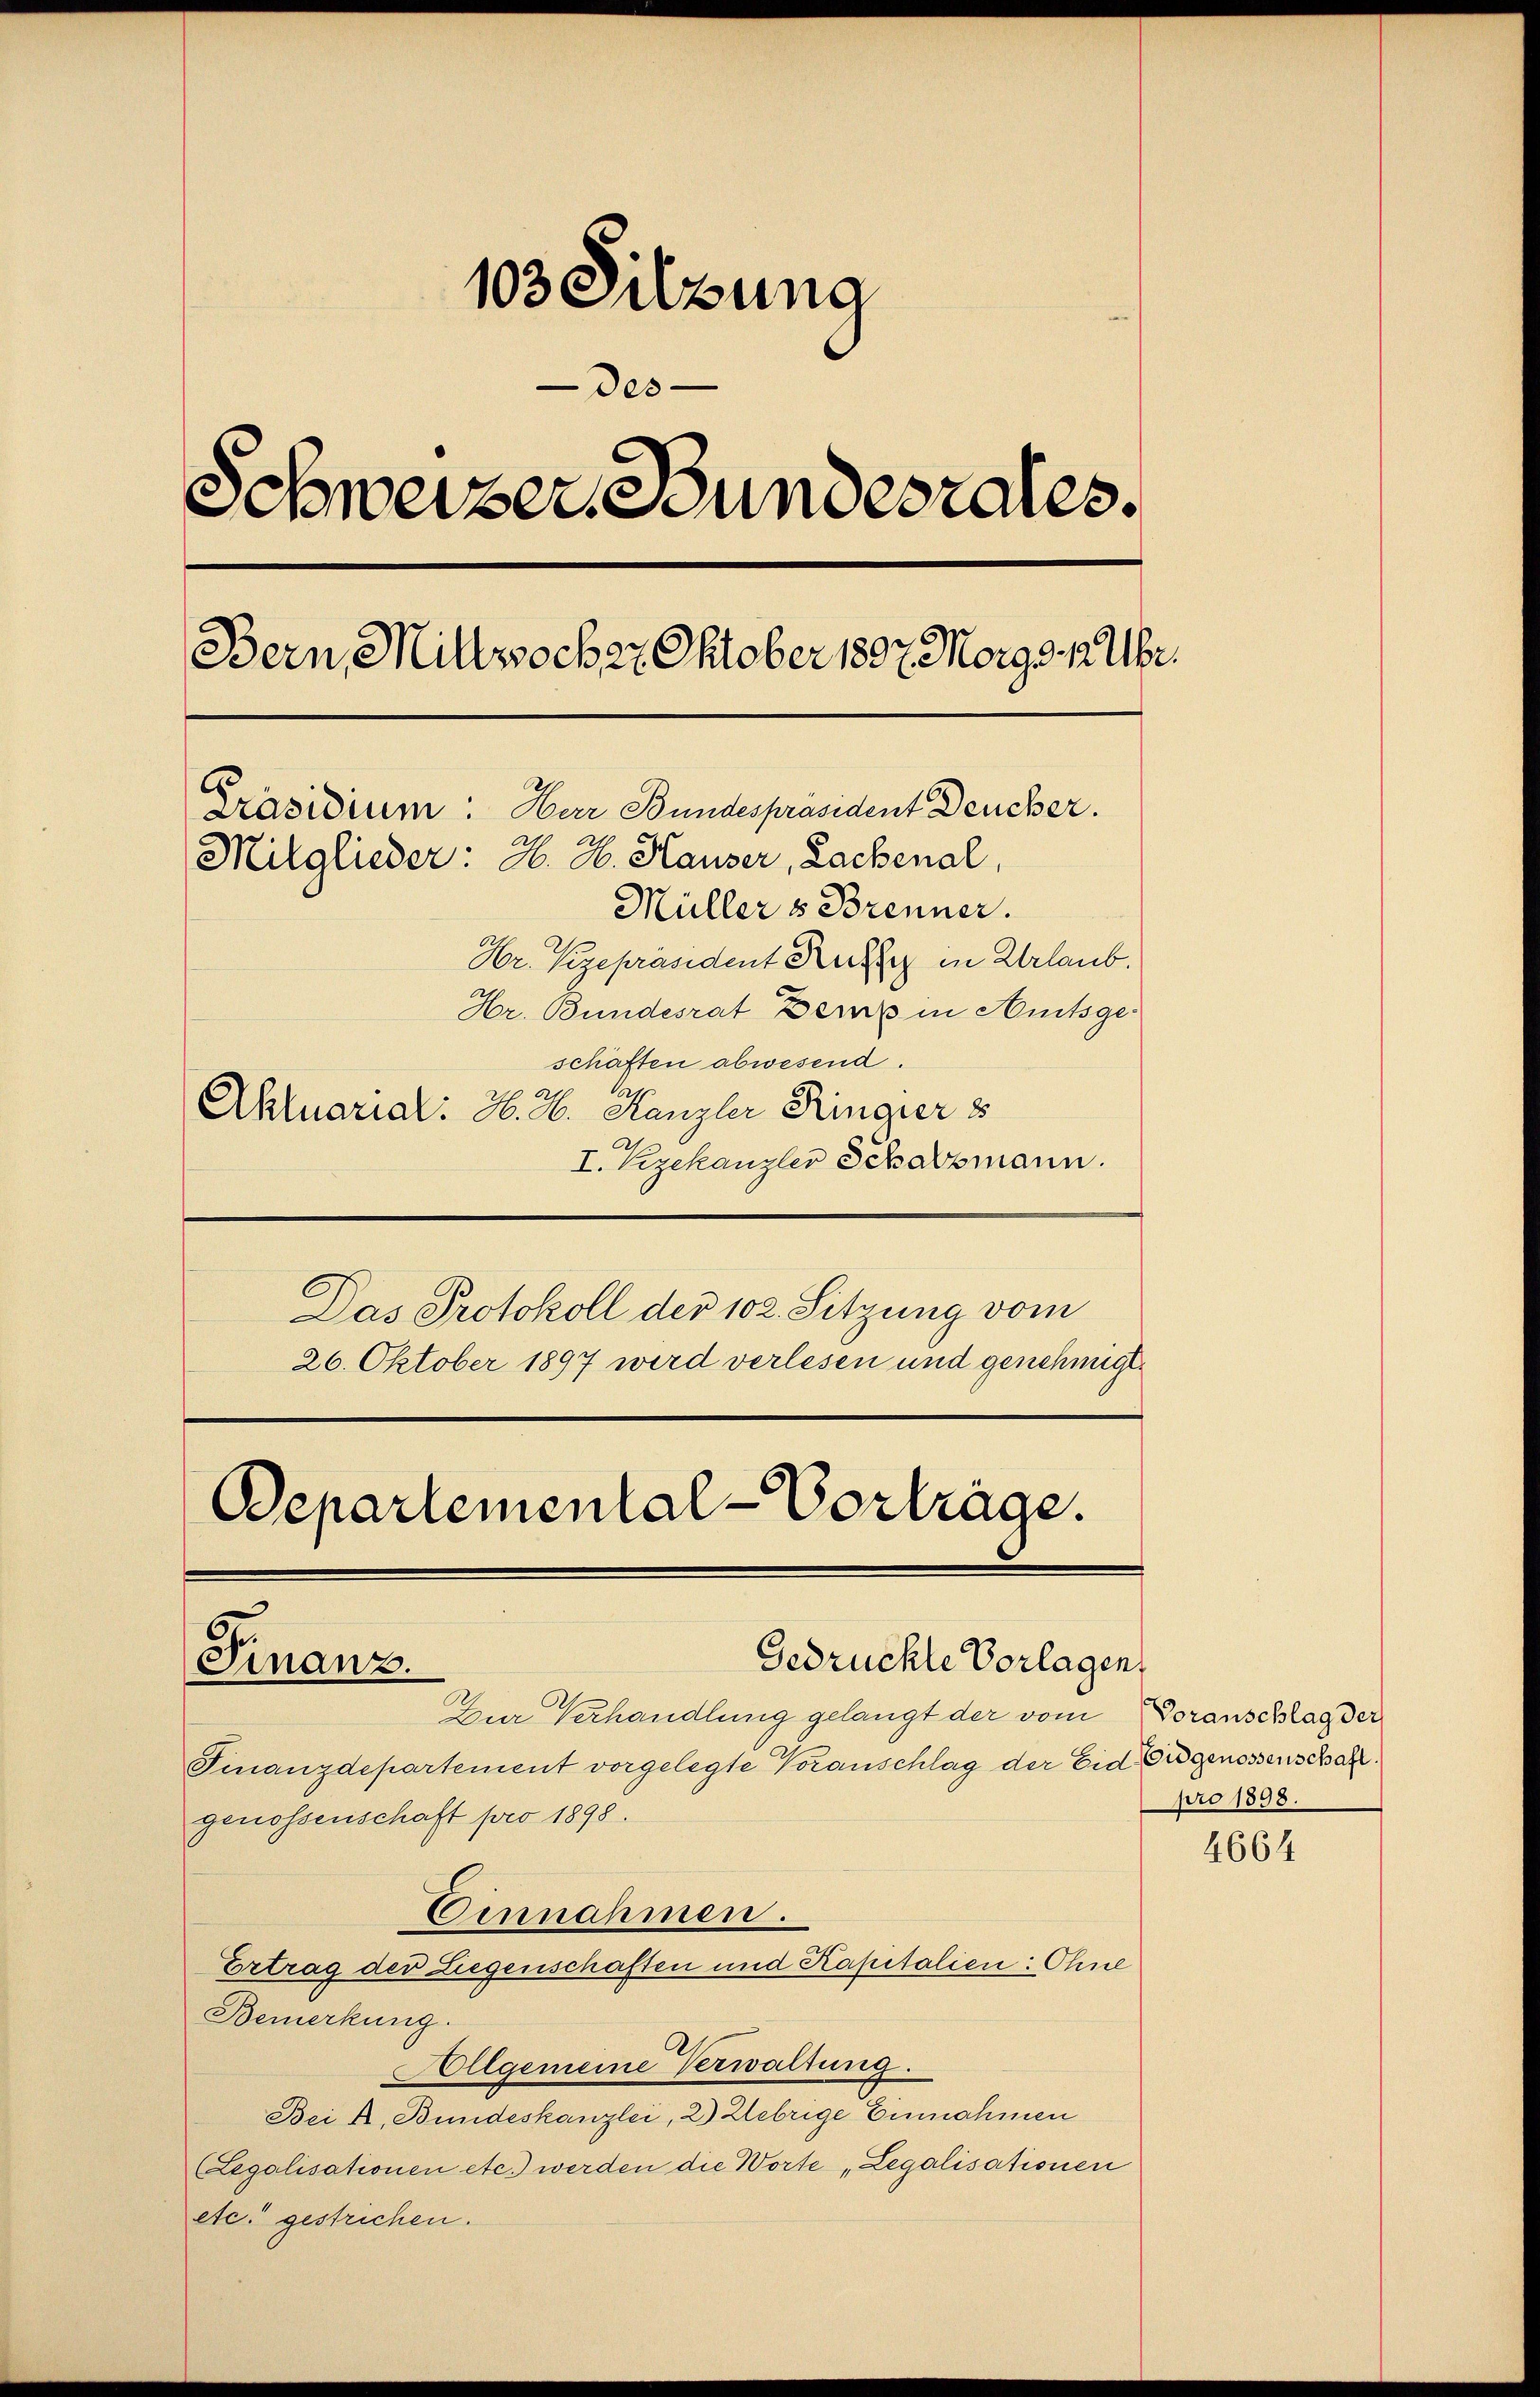
103 Dilzung
des
Schweizer Bundesrates.
Bern, Mittwocher Oktober 1807. Morge 12 Uhr.
Präsidium: Har Bundespräsident Deucher.
Mitglieder: H. H. Hauser, Lachenal,
Müllers Brenner.
Hr. Vizepräsident Ruhe in Urlaub.

Hr. Bundesrat Benz in Amtsgeschäften abwesend.
Aktuarial: H. H. Kanzler Ringier 8
I. Kzekanzler Schatzmann.
Das Protokoll der 102. Sitzung vom
26. Oktober 1897 wird verlesen und genehmigt.
Departemental-Vorträge.

Gedrückte Vorlagen
Finanz.

Zur Verhandlung gelangt der vom Voranschlag der
Finanzdepartement vorgelegte Voranschlag der Eid Eidgenossenschaft.
genossenschaft pro 1898.
Einnahmen.
Ertrag der Liegenschaften und Kapitalien: Ohne
Bemerkung.
A
Allgemeine Verwaltung.
Bei A. Bundeskanzlei, 2) Uebrige Einnahmen
(Legalisationen etc.) werden die Worte „Legalisationen
etc. gestrichen.

pro 1898.

4664